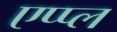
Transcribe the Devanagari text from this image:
एप्‍प्‍ल